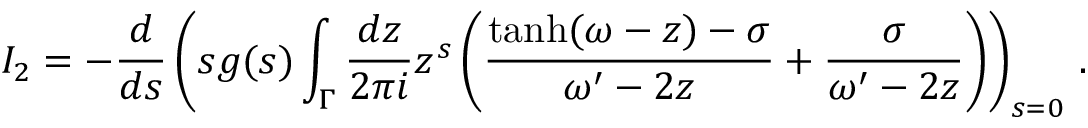
I _ { 2 } = - \frac { d } { d s } \left( s g ( s ) \int _ { \Gamma } \frac { d z } { 2 \pi i } z ^ { s } \left( \frac { \operatorname { t a n h } ( \omega - z ) - \sigma } { \omega ^ { \prime } - 2 z } + \frac { \sigma } { \omega ^ { \prime } - 2 z } \right) \right) _ { s = 0 } \, .